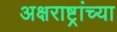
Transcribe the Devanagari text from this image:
अक्षराष्ट्रांच्या